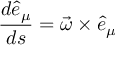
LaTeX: \frac { d \hat { e } _ { \mu } } { d s } = \vec { \omega } \times \hat { e } _ { \mu }